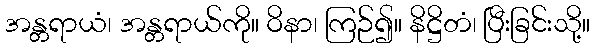
အန္တရာယံ၊ အန္တရာယ်ကို။ ဝိနာ၊ ကြဉ်၍။ နိဋ္ဌိတံ၊ ပြီးခြင်းသို့။